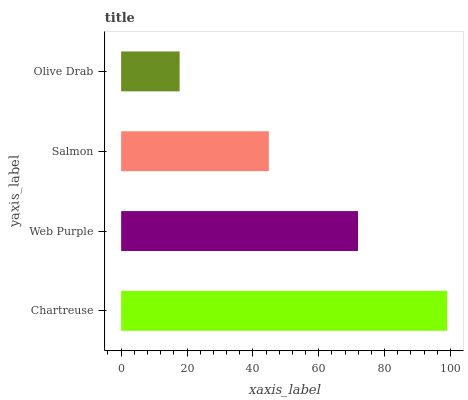
| yaxis_label | bars |
 | --- | --- |
 | Chartreuse | 99 |
 | Web Purple | 71.9 |
 | Salmon | 44.8 |
 | Olive Drab | 17.8 |